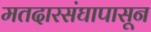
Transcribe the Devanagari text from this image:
मतदारसंघापासून